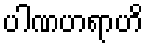
ပါဏဟရာဟိ